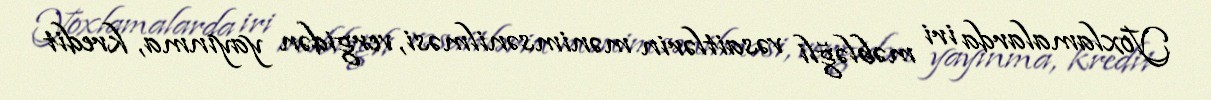
Yoxlamalarda iri məbləğli vəsaitlərin mənimsənilməsi, vergidən yayınma, kredit